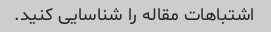
اشتباهات مقاله را شناسایی کنید.